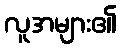
လူအများ၏